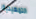
التمهيدية